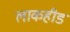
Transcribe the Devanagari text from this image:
लाकहीड